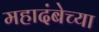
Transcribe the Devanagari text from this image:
महादंबेच्या